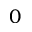
0